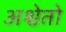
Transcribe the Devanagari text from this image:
अश्वेतो